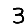
Digit: 3